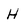
Character: H